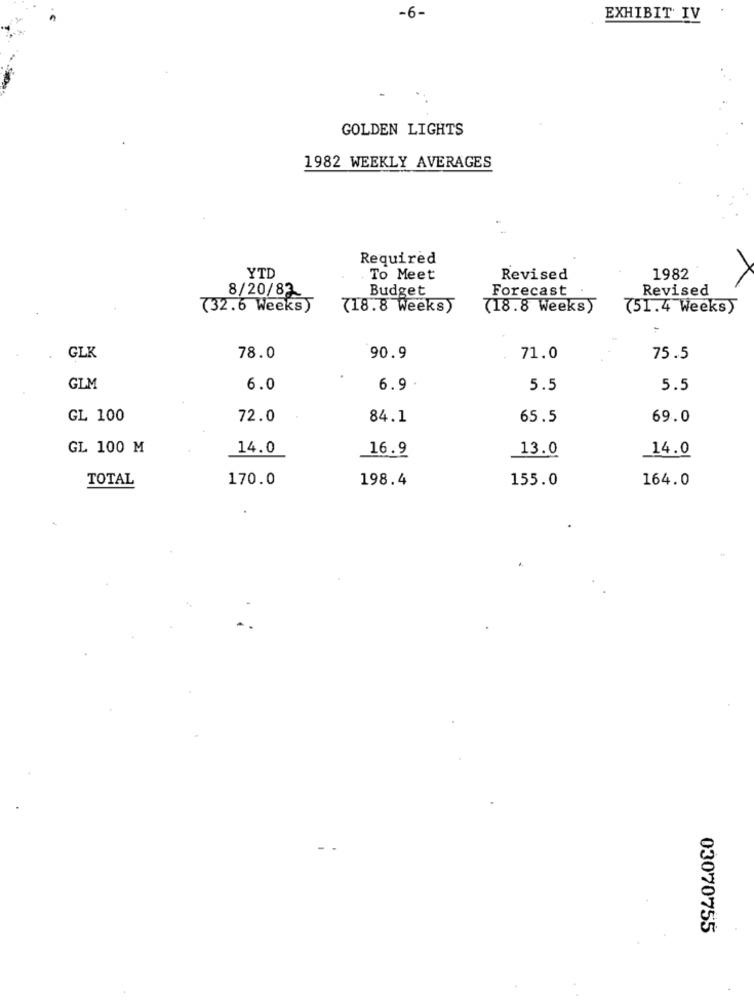
-6-
EXHIBIT IV
GOLDEN LIGHTS
1982 WEEKLY AVERAGES
Required
YTD
To Meet
Revised
1982
Budget
Forecast
Revised
8/20/82
(32.6 Weeks)
718.8 Weeks)
(18.8 Weeks)
751.4 Weeks)
GLK
78.0
90.9
71.0
75.5
GLM
6.0
6.9
5.5
5.5
GL 100
72.0
84.1
65.5
69.0
GL 100 M
14.0
16.9
13.0
14.0
TOTAL
170.0
198.4
155.0
164.0
03070755